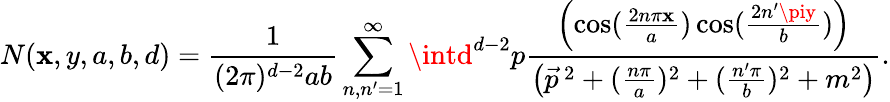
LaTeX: N(\mathbf{x},y,a,b,d)=\frac{{1}}{{(2\pi)^{d-2}ab}}\sum_{n,n^{\prime}=1}^{\infty}\intd^{d-2}p\frac{{\left(\cos(\frac{{2n\pi\mathbf{x}}}{{a}})\cos(\frac{{2n^{\prime}\piy}}{{b}})\right)}}{{\left(\vec{{p}}^{\, 2}+(\frac{{n\pi}}{{a}})^{2}+(\frac{{n^{\prime}\pi}}{{b}})^{2}+m^{2}\right)}}.